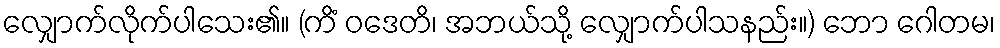
လျှောက်လိုက်ပါသေး၏။ (ကိံ ဝဒေတိ၊ အဘယ်သို့ လျှောက်ပါသနည်း။) ဘော ဂေါတမ၊